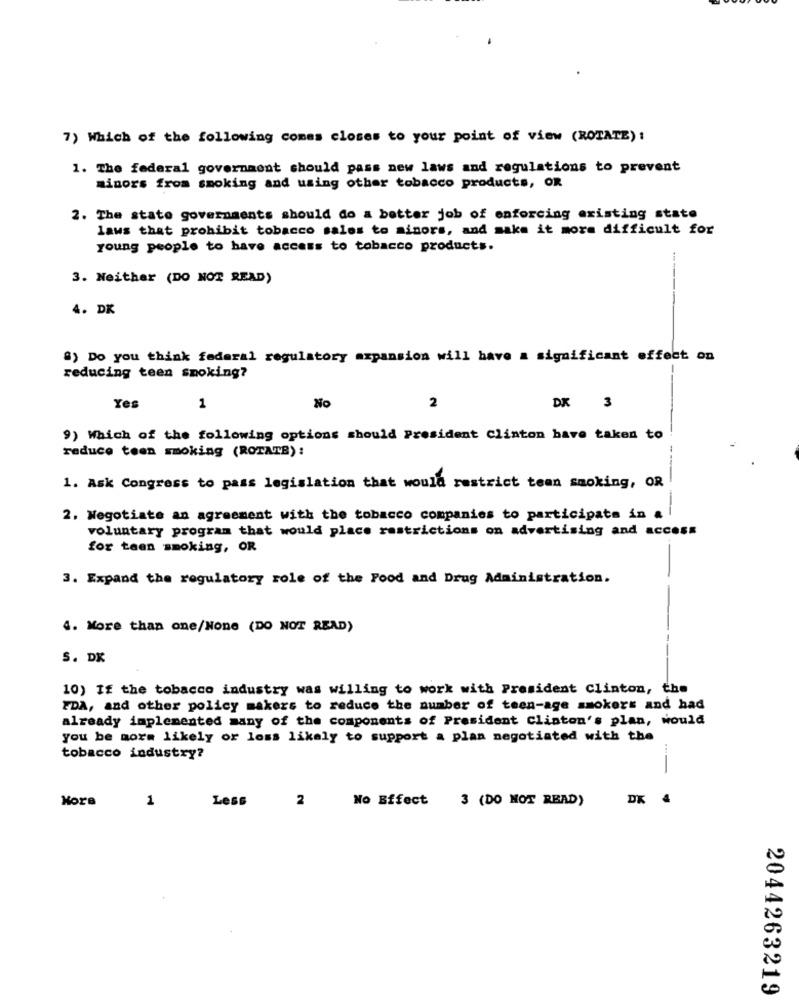
7) Which of the following comes closes to your point of view (ROTATE):
1. The federal government should pass new laws and regulations to prevent
minors from smoking and using other tobacco products, OR
2. The state governments should do a better job of enforcing existing state
laws that prohibit tobacco sales to minors, and make it more difficult for
young people to have access to tobacco products.
3. Neither (DO NOT READ)
4. DK
8) Do you think federal regulatory expansion will have a significant effect on
reducing teen smoking?
No
Yes
1
2
DK 3
9) Which of the following options should President Clinton have taken to
reduce teen smoking (ROTATE) :
1. Ask Congress to pass legislation that would restrict tean smoking, OR
2. Negotiate an agreement with the tobacco companies to participate in a
voluntary program that would place restrictions on advertising and access
for teen smoking, OR
3. Expand the regulatory role of the Food and Drug Administration.
4. More than one/None (DO NOT READ)
S. DK
10) If the tobacco industry was willing to work with President Clinton, the
FDA, and other policy makers to reduce the number of teen-age smokers and had
already implemented many of the components of President Clinton's plan, would
you be more likely or loss likely to support a plan negotiated with the
tobacco industry?
Hora
1
Less
2
No Effect
3 (DO NOT READ)
DK
2044263219